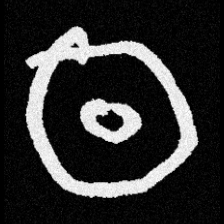
Pyu character \u2014 Myanmar letter: ထ (romanized: tha)